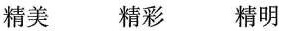
精美 精彩 精明